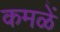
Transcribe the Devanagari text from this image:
कमळें